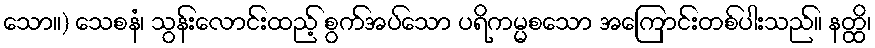
သော။) သေစနံ၊ သွန်းလောင်းထည့် စွက်အပ်သော ပရိကမ္မစသော အကြောင်းတစ်ပါးသည်။ နတ္ထိ၊